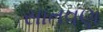
સાતવણ